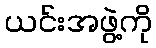
ယင်းအဖွဲ့ကို